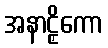
အနာဠှိကော